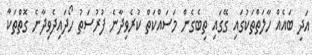
އަދި ބައެއް ހާލަތްތަކުގައި ގޭގައި ތިބެގެން މަސައްކަތް ކުރެވިދާނެ ފުރުސަތު ހޯދައިދެވިދާނެ ގޮތްތަކާ